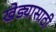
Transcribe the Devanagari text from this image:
खेड्यासाठी